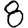
Digit: 8